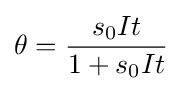
\theta ={\frac {s_{0}It}{1+s_{0}It}}